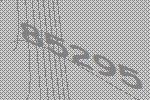
85295